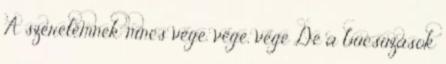
A szerelemnek nincs vége, vége, vége De a búcsúzások